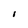
Character: I